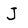
Character: J